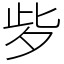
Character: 㱔